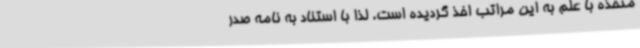
متخذه با علم به این مراتب اخذ گردیده است. لذا با استناد به نامه صدر